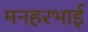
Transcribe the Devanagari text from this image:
मनहरभाई